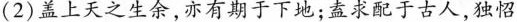
(2)盖上天之生余，亦有期于下地；盘求配于古人，独怊